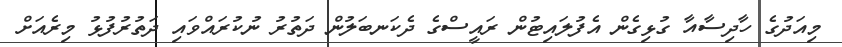
މިއަދުގެ ހާދިސާއާ ގުޅިގެން އެފުލައިޓުން ރައީސްގެ ދެކަނބަލުން ދަތުރު ނުކުރައްވައި ދަތުރުފުޅު މިރެއަށް